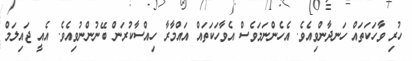
ހުރި ވާހަކަތައް ހަނދާންވިއެވެ. އެހެންނަމަވެސް އެވާހަކަތައް އައްމާރާ ހިއްސާކުރަން ބޭނުންނުވިއެވެ. އެއީ ޖައިލަމް